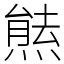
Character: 㷱